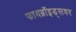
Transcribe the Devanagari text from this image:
फायब्रॉइड्‌सवर